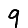
Digit: 9